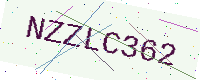
Text: NZZLC362